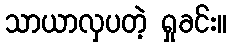
သာယာလှပတဲ့ ရှုခင်း။